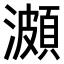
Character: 𤀪